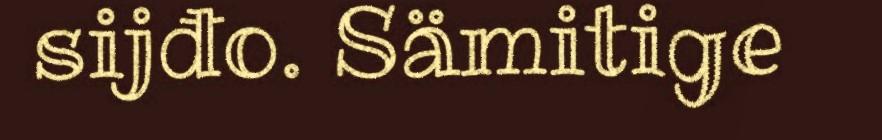
sijđo. Sämitige